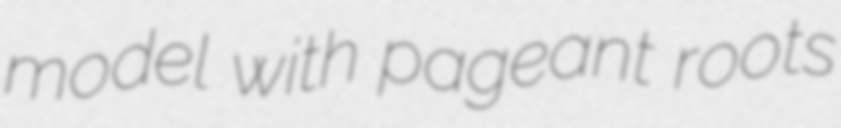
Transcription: model with pageant roots